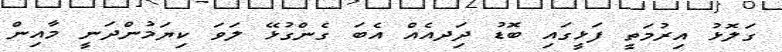
ގަލޮޅު އިރުމަތީ ފަޅީގައި ބޮޑު ދިަދއެއް އެބަ ގެންގުޅޭ ލަވަ ކިޔަމުންދަނީ މާއިން